Lunatic asylums United Provinces 1899-1908 - 1899-1908
Year: 1899
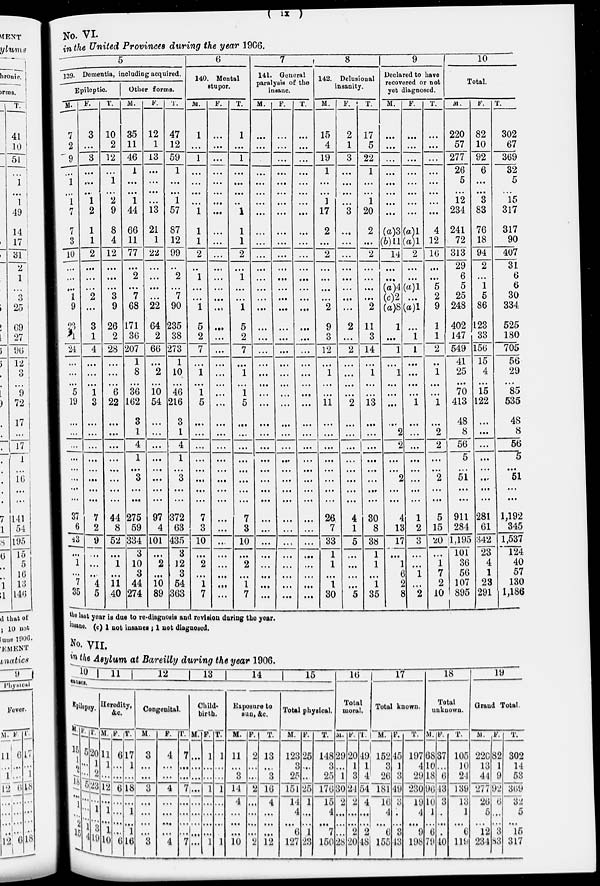
( ix )
No. VI.
in the United Provinces during the year 1906.
5
139. Dementia, including acquired.
Epileptic.
M.
7
2
9
...
1
...
1
7
7
3
10
...
...
...
1
9
23
1
24
...
...
...
5
19
...
...
...
...
...
...
...
...
37
6
43
...
1
...
7
35
F.
3
...
3
...
...
...
1
2
1
1
2
...
...
...
2
...
3
1
4
...
...
...
1
3
...
...
...
...
...
...
...
...
7
2
9
...
...
...
4
5
T.
10
2
12
...
1
...
2
9
8
4
12
...
...
...
3
9
26
2
28
...
...
...
6
22
...
...
...
...
...
...
...
...
44
8
52
...
1
...
11
40
Other forms.
M.
35
11
46
1
...
...
1
44
66
11
77
...
2
...
7
68
171
36
207
1
8
...
36
162
3
1
4
1
...
3
...
...
275
59
334
3
10
3
44
274
F.
12
1
13
...
. ...
...
...
13
21
1
22
...
...
...
...
22
64
2
66
...
2
...
10
54
...
...
...
...
...
...
...
...
97
4
101
...
2
...
10
89
T.
47
12
59
1
...
...
1
57
87
12
99
...
2
...
7
90
235
38
273
1
10
...
46
216
3
1
4
1
...
3
...
...
372
63
435
3
12
3
54
363
6
140. Mental
stupor.
M.
1
...
1
...
...
...
...
1
1
1
2
...
1
...
...
1
5
2
7
...
1
...
1
5
...
...
...
...
...
...
...
...
7
3
10
...
2
...
1
7
F.
...
...
...
...
...
...
...
...
...
...
...
...
...
...
...
...
...
...
...
...
...
...
...
...
...
...
...
...
...
...
...
...
...
...
...
...
...
...
...
...
T.
1
...
1
...
...
...
...
1
1
1
2
...
1
...
...
1
5
2
7
...
1
...
1
5
...
...
...
...
...
...
...
...
7
3
10
...
2
...
1
7
7
141. General
paralysis of the
insane.
M.
...
...
...
...
...
...
...
...
...
...
...
...
...
...
...
...
...
...
...
...
...
...
...
...
...
...
...
...
...
...
...
...
...
...
...
...
...
...
...
...
F.
...
...
...
...
...
...
...
...
...
...
...
...
...
...
...
...
...
...
...
...
...
...
...
...
...
...
...
...
...
...
...
...
...
...
...
...
...
...
...
...
T.
...
...
...
...
...
...
...
...
...
...
...
...
...
...
...
...
...
...
...
...
...
...
...
...
...
...
...
...
...
...
. ...
. ...
...
...
...
...
...
...
...
...
8
142. Delusional
insanity.
M.
15
4
19
1
...
...
1
17
2
...
2
...
...
...
...
2
9
3
12
...
1
...
...
11
...
...
...
...
...
...
...
...
26
7
33
1
1
...
1
30
F.
2
1
3
...
...
...
...
3
...
...
...
...
...
...
...
...
2
...
2
...
...
...
...
2
...
...
...
...
...
...
...
...
4
1
5
...
...
...
...
5
T.
17
5
22
1
...
...
1
20
2
...
2
...
...
...
...
2
11
3
14
...
1
...
...
13
...
...
...
...
...
...
...
...
30
8
38
1
1
...
1
35
9
Declared to have
recovered or not
yet diagnosed.
M.
...
...
...
...
...
...
...
...
(a)3
(b)11
14
...
...
(a)4
(c)2
(a)8
1
...
1
...
1
...
...
...
...
2
2
...
...
2
...
...
4
13
17
...
1
6
2
8
F.
...
...
...
...
...
...
...
...
(a)1
(a)1
2
...
...
(a)1
...
(a)1
...
1
1
...
...
...
...
1
...
...
...
...
...
...
...
...
1
2
3
...
...
1
...
2
T.
...
...
...
...
...
...
...
...
4
12
16
...
...
5
2
9
1
1
2
...
1
...
...
1
...
2
2
...
. ...
2
...
...
5
15
20
...
1
7
2
10
10
Total.
M.
220
57
277
26
5
...
12
234
241
72
313
29
6
5
25
248
402
147
549
41
25
...
70
413
48
8
56
5
...
51
...
...
911
284
1,195
101
36
56
107
895
F.
82
10
92
6
...
...
3
83
76
18
94
2
...
1
5
86
123
33
156
15
4
...
15
122
...
...
...
...
...
...
...
...
281
61
342
23
4
1
23
291
T.
302
67
369
32
5
...
15
317
317
90
407
31
6
6
30
334
525
180
705
56
29
...
85
535
48
8
56
5
...
51
...
...
1,192
345
1,537
124
40
57
130
1,186
the last year is due to re-diagnosis and revision during the year.
insane. (c) 1 not insanes ; 1 not diagnosed.
No. VII.
in the Asylum, at Bareilly during the year 1906.
10
11
12
13
14
15
causes.
Epilepsy.
M.
15
1
2
18
...
1
...
2
15
F.
5
...
...
5
...
...
...
1
4
T.
20
1
2
23
...
1
...
3
19
Heredity,
&c.
M.
11
1
...
12
...
1
...
1
10
F.
6
...
...
6
...
...
...
...
6
T.
17
1
...
18
...
1
...
1
16
Congenital.
M.
3
...
...
3
...
...
...
...
3
F.
4
...
...
4
...
...
...
...
4
T.
7
...
...
7
...
...
...
...
7
Child-
birth.
M.
...
...
...
...
...
...
...
...
...
F.
1
...
...
1
...
...
...
...
1
T.
1
...
...
1
...
...
...
...
1
Exposure to
sun, &c.
M.
11
...
3
14
4
...
...
...
10
F.
2
...
...
2
...
...
...
...
2
T.
13
...
3
16
4
...
...
...
12
Total physical.
M.
123
3
25
151
14
4
...
6
127
F.
25
...
...
25
1
...
...
1
23
T.
148
3
25
176
15
4
...
7
150
16
Total
moral.
M.
29
...
1
30
2
...
...
...
28
F.
20
1
3
24
2
...
...
2
20
T.
49
1
4
54
4
...
...
2
48
17
Total known.
M.
152
3
26
181
16
4
...
6
155
F.
45
1
3
49
3
...
...
3
43
T.
197
4
29
230
19
4
...
9
198
18
Total
unknown.
M.
68
10
18
96
10
1
...
6
79
F.
37
...
6
43
3
...
...
...
40
T.
105
10
24
139
13
1
...
6
119
19
Grand Total.
M.
220
13
44
277
26
5
...
12
234
F.
82
1
9
92
6
...
... .
3
83
T.
302
14
53
369
32
5
...
15
317